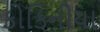
કોકિનીયા